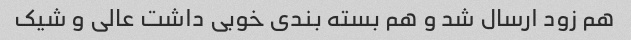
هم زود ارسال شد و هم بسته بندی خوبی داشت عالی و شیک